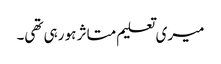
میری تعلیم متاثر ہو رہی تھی۔